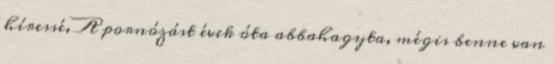
híressé. A pornózást évek óta abbahagyta, mégis benne van